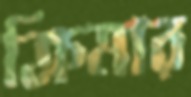
ক্রিমার